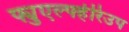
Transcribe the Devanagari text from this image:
फ्युएर्ल्फ्हेरिउप